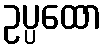
ဥပ္ပထော